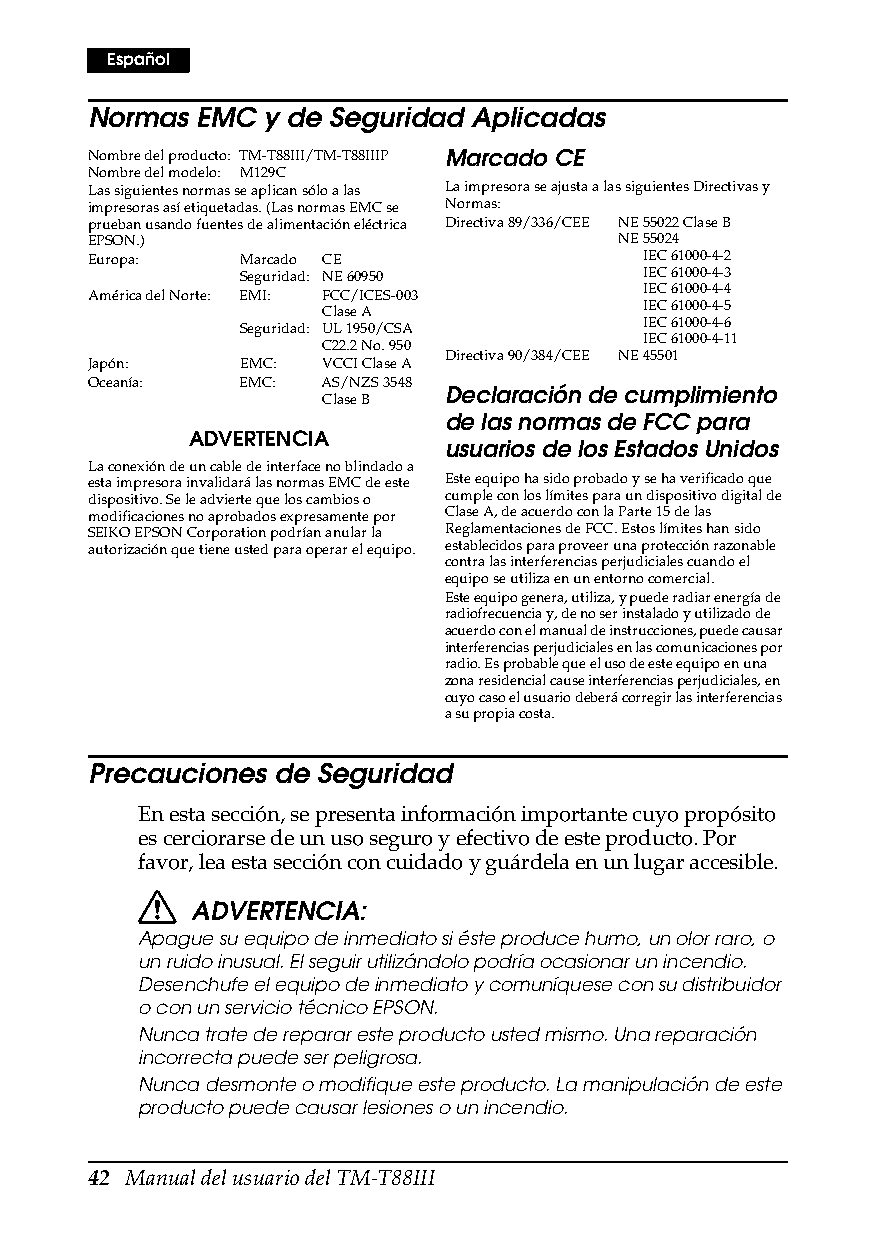
Español
 Normas EMC  y de Seguridad Aplicadas
 Nombre del producto: TM-T88III/TM-T88IIIP Marcado CE
 Nombre del modelo: M129C
 Las siguientes normas se aplican sólo a las La impresora se ajusta a las siguientes Directivas y
 impresoras así etiquetadas. (Las normas EMC se Normas:
 prueban usando fuentes de alimentación eléctrica Directiva 89/336/CEE NE 55022 Clase B
 EPSON.)                            NE 55024
 Europa:   Marcado CE                 IEC 61000-4-2
 Seguridad: NE 60950        IEC 61000-4-3
 IEC 61000-4-4
 América del Norte: EMI: FCC/ICES-003
 IEC 61000-4-5
 Clase A
 IEC 61000-4-6
 Seguridad: UL 1950/CSA
 IEC 61000-4-11
 C22.2 No. 950
 Directiva 90/384/CEE NE 45501
 Japón:    EMC:  VCCI Clase A
 Oceanía:  EMC:  AS/NZS 3548
 Declaración de cumplimiento
 Clase B
 de las normas de FCC para
 ADVERTENCIA
 usuarios de los Estados Unidos
 La conexión de un cable de interface no blindado a
 esta impresora invalidará las normas EMC de este Este equipo ha sido probado y se ha verificado que
 dispositivo. Se le advierte que los cambios o cumple con los límites para un dispositivo digital de
 modificaciones no aprobados expresamente por Clase A, de acuerdo con la Parte 15 de las
 SEIKO EPSON Corporation podrían anular la Reglamentaciones de FCC. Estos límites han sido
 autorización que tiene usted para operar el equipo. establecidos para proveer una protección razonable
 contra las interferencias perjudiciales cuando el
 equipo se utiliza en un entorno comercial.
 Este equipo genera, utiliza, y puede radiar energía de
 radiofrecuencia y, de no ser instalado y utilizado de
 acuerdo con el manual de instrucciones, puede causar
 interferencias perjudiciales en las comunicaciones por
 radio. Es probable que el uso de este equipo en una
 zona residencial cause interferencias perjudiciales, en
 cuyo caso el usuario deberá corregir las interferencias
 a su propia costa.
 Precauciones de Seguridad
 En esta sección, se presenta información importante cuyo propósito
 es cerciorarse de un uso seguro y efectivo de este producto. Por
 favor, lea esta sección con cuidado y guárdela en un lugar accesible.
 ADVERTENCIA:
 Apague su equipo de inmediato si éste produce humo, un olor raro, o
 un ruido inusual. El seguir utilizándolo podría ocasionar un incendio.
 Desenchufe el equipo de inmediato y comuníquese con su distribuidor
 o con un servicio técnico EPSON.
 Nunca trate de reparar este producto usted mismo. Una reparación
 incorrecta puede ser peligrosa.
 Nunca desmonte o modifique este producto. La manipulación de este
 producto puede causar lesiones o un incendio.
 42 Manual del usuario del TM-T88III